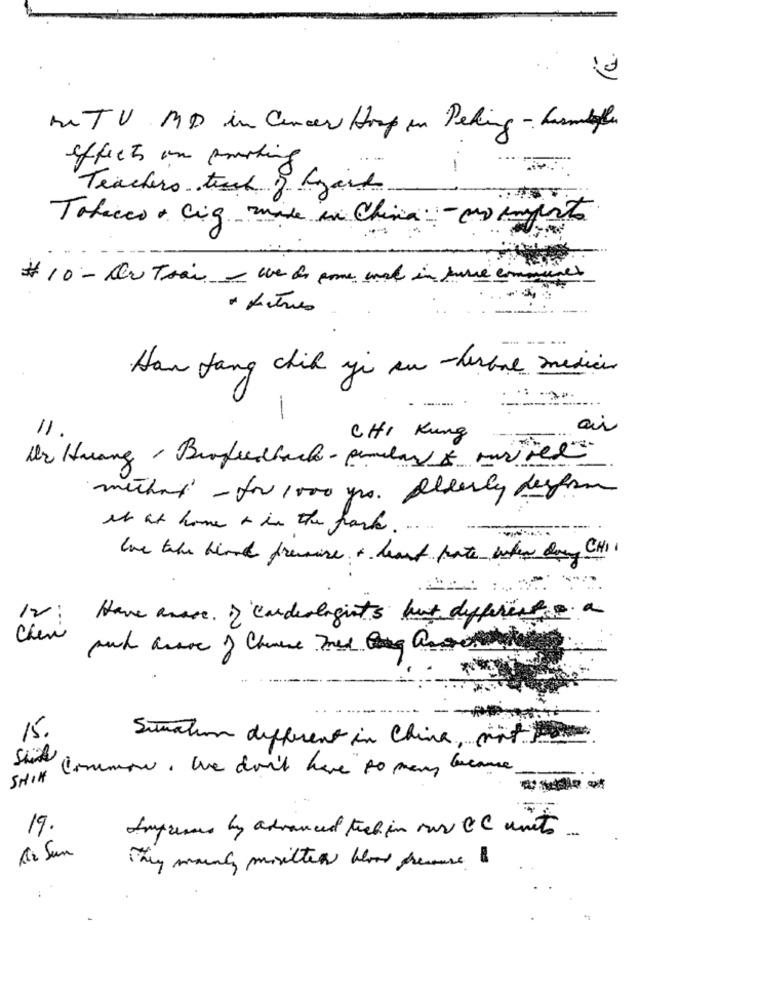
MIT V MD in Cancer Hoop in Peking- humble
effects on posting
-
Teachers tech of hazard
Tobacco + cig made in China: - no importo
# 10 - Du Trai - ce de pone enal in surre communes
* Litres
Han fang chik ye au -desbal medier
--
-
ai
11.
CHI Kung
Ur Huang , Biofeedback - pendlar & ousted
muchas - for 1000 yrs. elderly desform
It at home o in the park ....
the take hlond fremnice + heart hate when dowy CHOI
12: Have aware. ) cardiologists but different a
Chevi
15.
Situation different in China, mat
SHIN Comenow, we don't have to many because
---
19.
Impasses by advanced tick in our CC units.
12 Sun
They mainly mosilles blood pressure